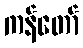
ကန်တော်